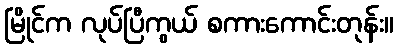
မြိုင်က လုပ်ပြီကွယ် စကားကောင်းတုန်း။